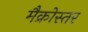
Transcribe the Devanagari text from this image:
मैक्रोस्तर